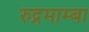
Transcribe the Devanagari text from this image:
रुद्रमाम्बा